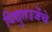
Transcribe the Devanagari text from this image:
विद्युतउर्जेचे